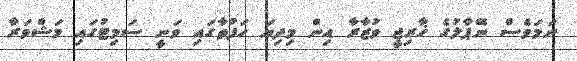
ނަމަވެސް ނޭޕާލުގެ ޚާރިޖީ ވުޒާރާ އިން މިދިޔަ ހަފުތާގައި ވަނީ ސަމިޓުގައި މަޝްވަރާ